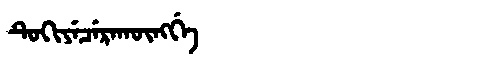
Manchu: ᡨᡠᡴᡳᠶᡝᠴᡝᡵᠠᡴᡡᠩᡤᡝ
Romanization: TUKIYECERAKŪNGGE